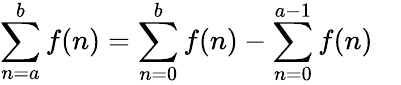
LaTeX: \sum_{n=a}^{b}f(n)=\sum_{n=0}^{b}f(n)-\sum_{n=0}^{a-1}f(n)\quad